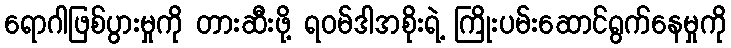
ရောဂါဖြစ်ပွားမှုကို တားဆီးဖို့ ရဝမ်ဒါအစိုးရဲ့ ကြိုးပမ်းဆောင်ရွက်နေမှုကို